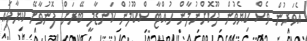
އެވަރުން ވެސް ކިޔެވުން ދޫކޮށްނުލާން ހުއްޓާ ސްކޫލުން ކަނޑާލީ ބޭރަށް ފޮނުވާށޭ ކިޔާފައި